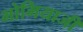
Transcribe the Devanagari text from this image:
भोमियाजी